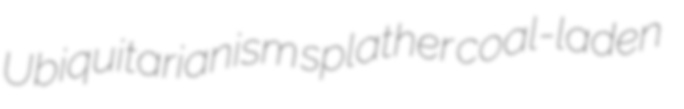
Ubiquitarianism splather coal-laden